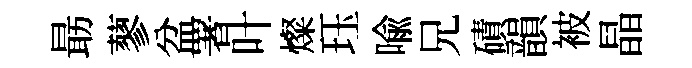
朂蓼盆署叶燦珏喩兄磧韻被晶